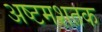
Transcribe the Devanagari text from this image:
अष्टमशतक